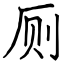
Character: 厕